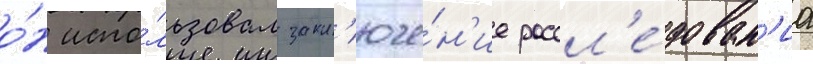
о́н испо́льзовал закл'юче́н'ие рассл'е́дован'иа